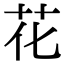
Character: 花